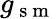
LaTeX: g_{\mathrm{~s~m~}}